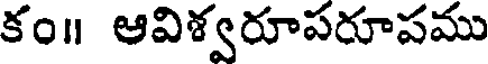
కం॥ ఆవిశ్వరూపరూపము